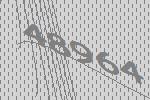
48964